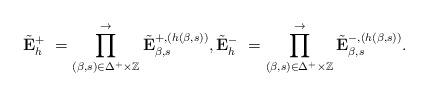
LaTeX: \begin{align*} \tilde{\mathbf{E}}^{+}_{h} \ = \prod_{(\beta,s)\in\Delta^{+}\times\mathbb{Z}}\limits^{\rightarrow}\tilde{\mathbf{E}}_{\beta,s}^{+,(h(\beta,s))}, \tilde{\mathbf{E}}^{-}_{h} \ = \prod_{(\beta,s)\in\Delta^{+}\times\mathbb{Z}}\limits^{\rightarrow}\tilde{\mathbf{E}}_{\beta,s}^{-,(h(\beta,s))}.\end{align*}